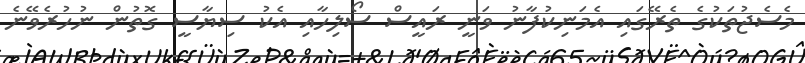
މެސެޖުތަކުގެ ތެރޭގައި އެމަނިކުފާނު ވަނީ ރައީސް ސޯލިހާއި އެކު ސިޔާސީ ގޮތުން ނުހުރެވޭނެ